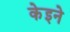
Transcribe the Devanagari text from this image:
केइने